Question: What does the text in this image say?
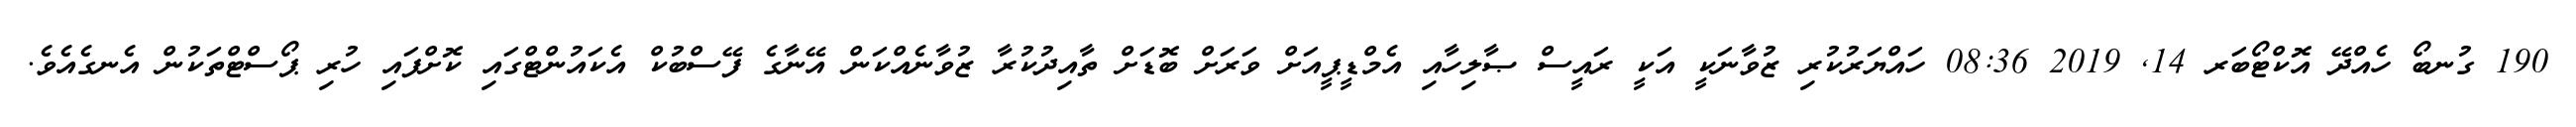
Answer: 190 ގުނބޯ ހެއްދޭ އޮކްޓޯބަރ 14, 2019 08:36 ހައްޔަރުކުރި ޒުވާނަކީ އަކީ ރައީސް ޞާލިހާއި އެމްޑީޕީއަށް ވަރަށް ބޮޑަށް ތާއިދުކުރާ ޒުވާނެއްކަން އޭނާގެ ފޭސްބުކް އެކައުންޓްގައި ކޮށްފައި ހުރި ޕޯސްޓްތަކުން އެނގެއެވެ.